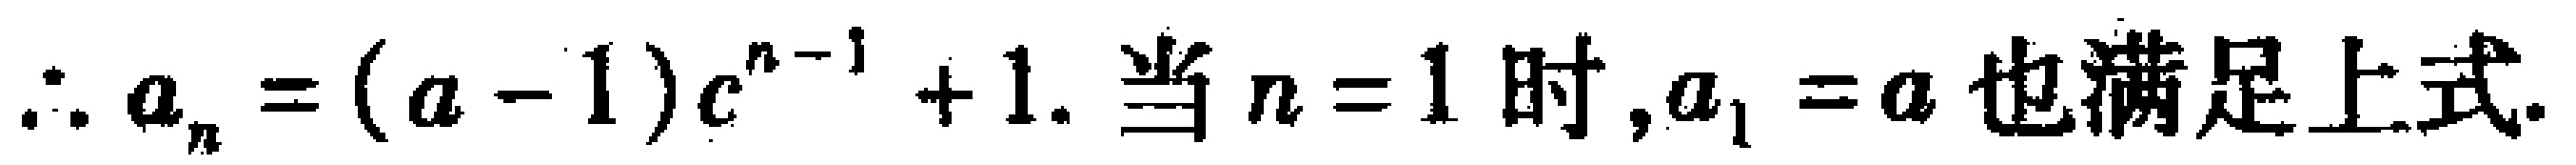
\(\therefore a_{n}=(a - 1)c^{n - 1}+1.\ 当n = 1时,a_{1}=a也满足上式.\)